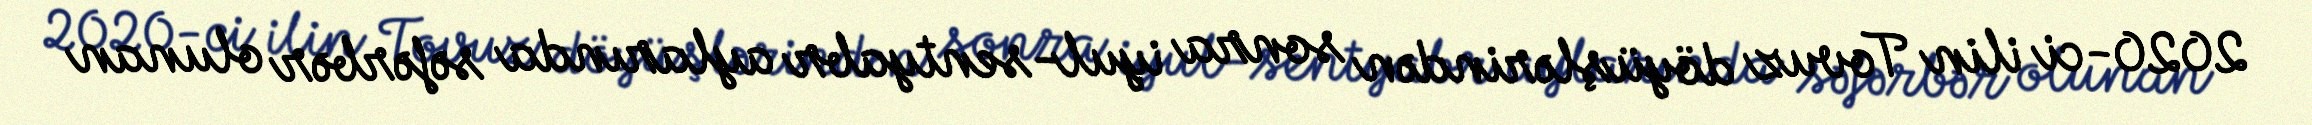
2020-ci ilin Tovuz döyüşlərindən sonra iyul-sentyabr aylarında səfərbər olunan